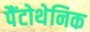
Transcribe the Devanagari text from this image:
पैंटोथेनिक